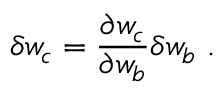
\delta w _ { c } = \frac { \partial w _ { c } } { \partial w _ { b } } \delta w _ { b } \ .